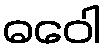
ဓဝေါ